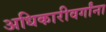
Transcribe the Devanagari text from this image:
अधिकारीवर्गांना